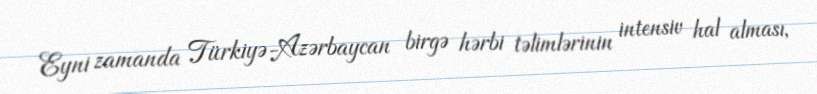
Eyni zamanda Türkiyə-Azərbaycan birgə hərbi təlimlərinin intensiv hal alması,